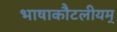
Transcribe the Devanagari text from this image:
भाषाकौटलीयम्